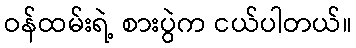
ဝန်ထမ်းရဲ့ စားပွဲက ငယ်ပါတယ်။